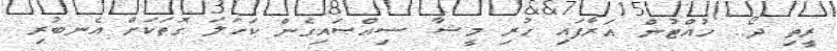
ރީތި ދޯ.. ހުއްޓުން އަރާފައި ހުރި މީޝާ ސިއްސައިގެން ކަހަލަ ގޮތަކަށް އެނބުރި